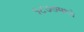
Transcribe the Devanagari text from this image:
१८७७मध्ये